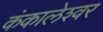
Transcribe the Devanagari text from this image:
कंकालेश्‍वर